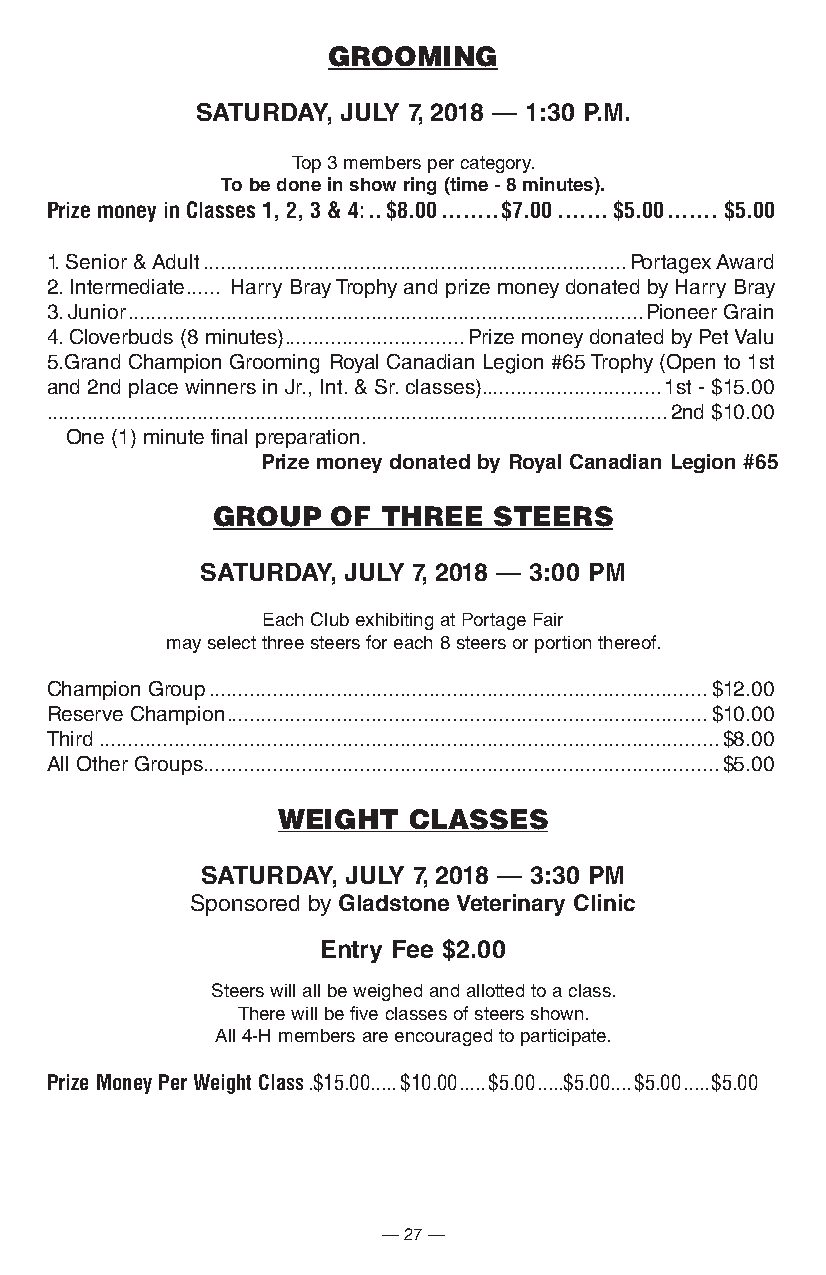
GROOmInG
 SatUrDay, JUly 7, 2018 — 1:30 p.M.
 Top 3 members per category.
 to be done in show ring (time - 8 minutes).
 Prize money in Classes 1, 2, 3 & 4: ..$8.00 ........$7.00 .......$5.00 .......$5.00
 1. Senior & Adult .........................................................................Portagex Award
 2. Intermediate ...... Harry Bray Trophy and prize money donated by Harry Bray
 3. Junior .........................................................................................Pioneer Grain
 4. Cloverbuds (8 minutes) ...............................Prize money donated by Pet Valu
 5.Grand Champion Grooming Royal Canadian Legion #65 Trophy (Open to 1st
 and 2nd place winners in Jr., Int. & Sr. classes)...............................1st - $15.00
 ...........................................................................................................2nd $10.00
 One (1) minute final preparation.
 prize money donated by royal canadian legion #65
 GROuP   OF THREE   STEERS
 SatUrDay, JUly 7, 2018 — 3:00 pM
 Each Club exhibiting at Portage Fair
 may select three steers for each 8 steers or portion thereof.
 Champion Group ......................................................................................$12.00
 Reserve Champion ...................................................................................$10.00
 Third ...........................................................................................................$8.00
 All Other Groups .........................................................................................$5.00
 wEIGHT   CLASSES
 SatUrDay, JUly 7, 2018 — 3:30 pM
 Sponsored by Gladstone veterinary clinic
 entry Fee $2.00
 Steers will all be weighed and allotted to a class.
 There will be five classes of steers shown.
 All 4-H members are encouraged to participate.
 Prize Money Per Weight Class .$15.00.....$10.00 .....$5.00 .....$5.00....$5.00 .....$5.00
 — 27 —